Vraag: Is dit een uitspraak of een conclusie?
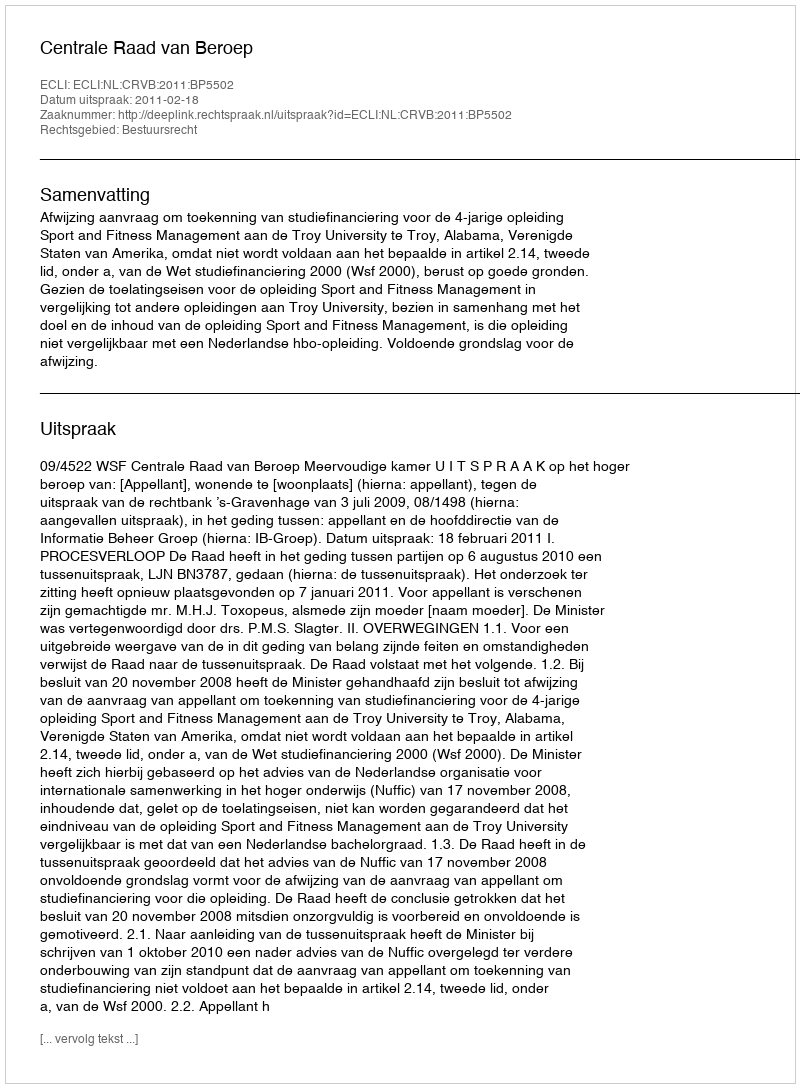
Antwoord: Uitspraak